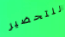
للتحضير